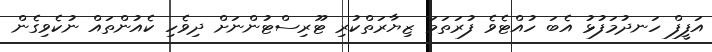
އަފީފް ހަނދުމަފުޅު އެބަ ހުއްޓެވެ ފުރަތަމަ ޒިޔާރަތްކުރި ޓޫރިސްޓުންނަށް ދިވެހި ކެއުންތައް ނުކެވިގެން